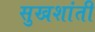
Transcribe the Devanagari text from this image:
सुखशांती